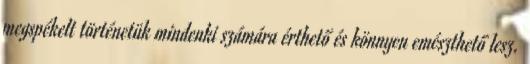
megspékelt történetük mindenki számára érthető és könnyen emészthető lesz.